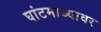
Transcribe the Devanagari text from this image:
घांटमाथ्यावर